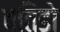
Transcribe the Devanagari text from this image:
बतिडो